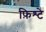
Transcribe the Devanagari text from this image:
फ़िश्टे